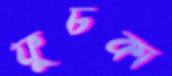
ফুচকা